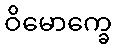
ဝိမောက္ခေ